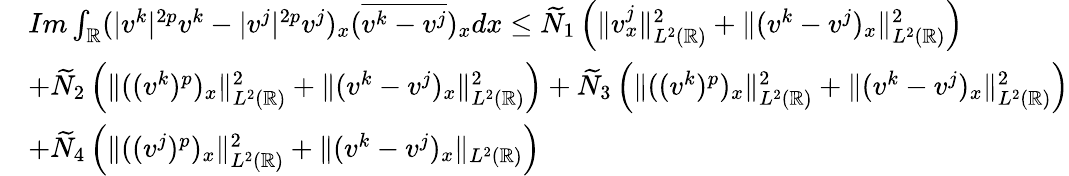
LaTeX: \begin{array}{rl}&{Im\int_{\mathbb{R}}(|v^{k}|^{2p}v^{k}-|v^{j}|^{2p}v^{j})_{x}(\overline{{v^{k}-v^{j}}})_{x}dx\leq\widetilde{N}_{1}\left(\| v_{x}^{j}\| _{L^{2}(\mathbb{R})}^{2}+\| (v^{k}-v^{j})_{x}\| _{L^{2}(\mathbb{R})}^{2}\right)}\\ &{+\widetilde{N}_{2}\left(\| ((v^{k})^{p})_{x}\| _{L^{2}(\mathbb{R})}^{2}+\| (v^{k}-v^{j})_{x}\| _{L^{2}(\mathbb{R})}^{2}\right)+\widetilde{N}_{3}\left(\| ((v^{k})^{p})_{x}\| _{L^{2}(\mathbb{R})}^{2}+\| (v^{k}-v^{j})_{x}\| _{L^{2}(\mathbb{R})}^{2}\right)}\\ &{+\widetilde{N}_{4}\left(\| ((v^{j})^{p})_{x}\| _{L^{2}(\mathbb{R})}^{2}+\| (v^{k}-v^{j})_{x}\| _{L^{2}(\mathbb{R})}\right)}\end{array}